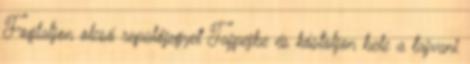
Foglaljon olcsó repülőjegyet Tajpejbe és kóstoljon bele a tajvani